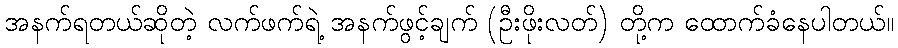
အနက်ရတယ်ဆိုတဲ့ လက်ဖက်ရဲ့ အနက်ဖွင့်ချက် (ဦးဖိုးလတ်) တို့က ထောက်ခံနေပါတယ်။